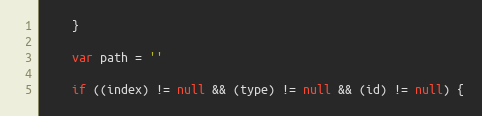
Language: JavaScript
    }

    var path = ''

    if ((index) != null && (type) != null && (id) != null) {